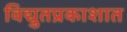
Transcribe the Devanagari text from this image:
विद्युतप्रकाशात